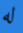
له